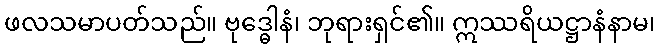
ဖလသမာပတ်သည်။ ဗုဒ္ဓေါနံ၊ ဘုရားရှင်၏။ ဣဿရိယဋ္ဌာနံနာမ၊